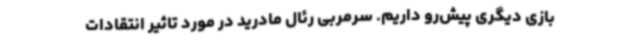
بازی دیگری پیش‌رو داریم. سرمربی رئال مادرید در مورد تاثیر انتقادات